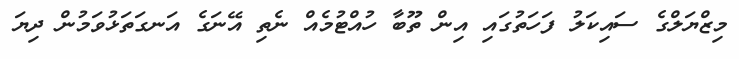
މިޒްޔަލްގެ ސައިކަލު ފަހަތުގައި އިން ތޫބާ ހުއްޓުމެއް ނެތި އޭނަގެ އަނގަތަޅުވަމުން ދިޔަ